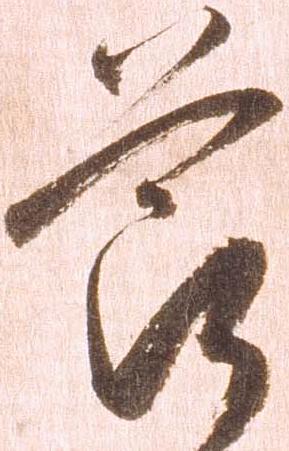
節